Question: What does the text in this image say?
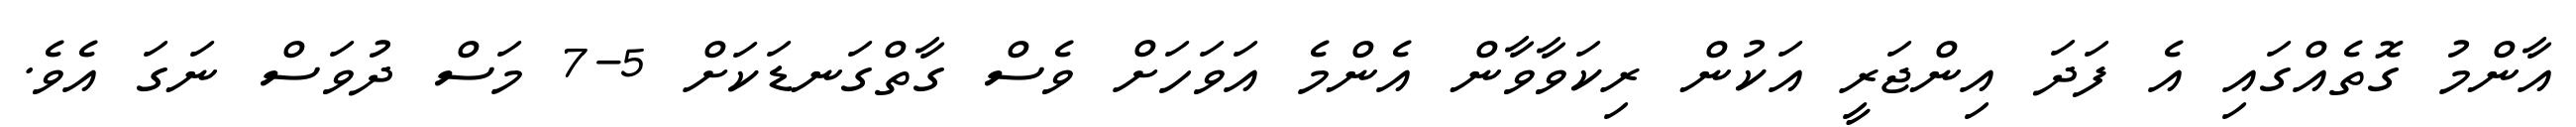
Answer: އާންމު ގޮތެއްގައި އެ ފަދަ އިންޖަރީ އަކުން ރިކަވާވާން އެންމެ އަވަހަށް ވެސް ގާތްގަނޑަކަށް 5-7 މަސް ދުވަސް ނަގަ އެވެ.